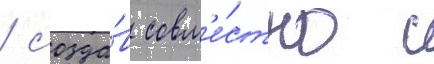
/ созда́в совм'е́стно с